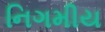
નિગમીય